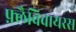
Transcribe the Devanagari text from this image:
फ़्लैविवायरस